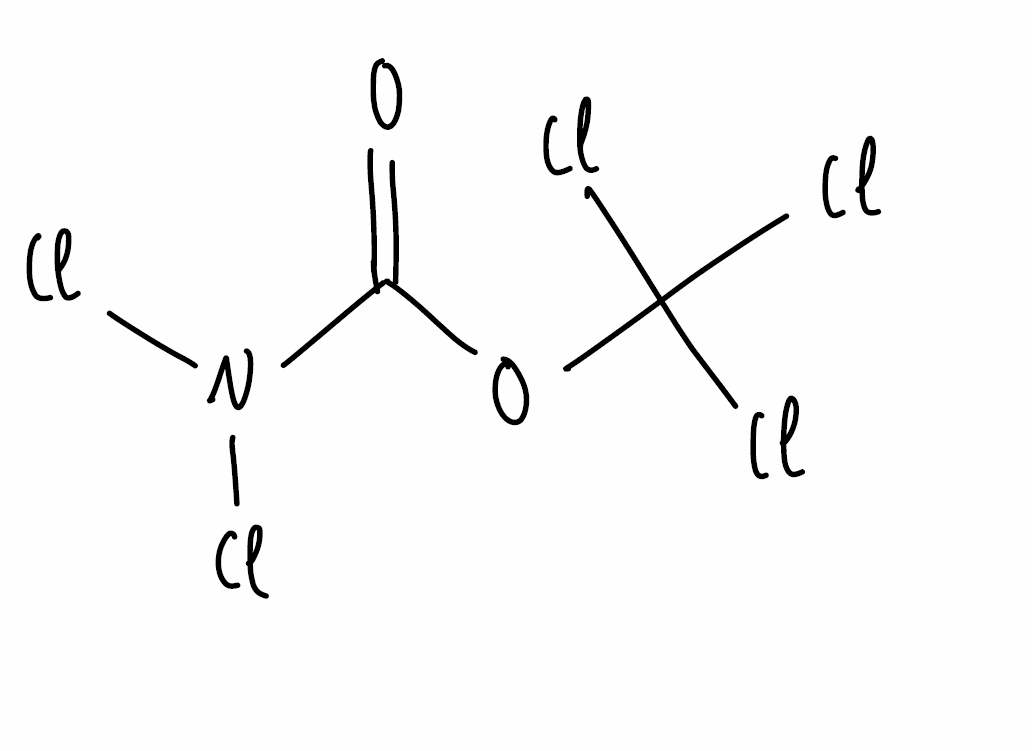
Simplified molecular-input line-entry system (SMILES) notation of the given molecule:
C(=O)(N(Cl)Cl)OC(Cl)(Cl)Cl